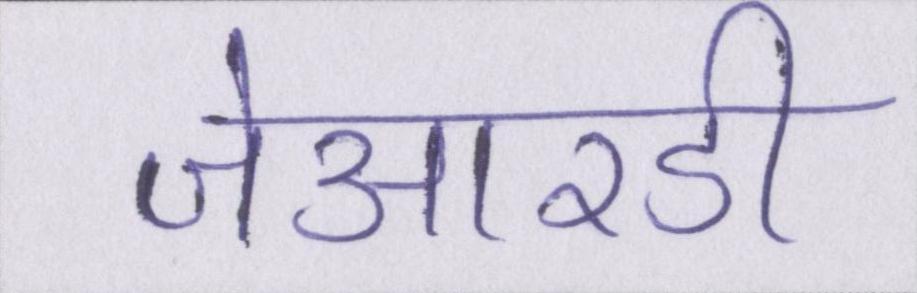
जेआरडी